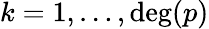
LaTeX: k=1,\ldots,\deg(p)